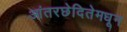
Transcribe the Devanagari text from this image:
आंतरछेदितेमधून